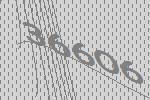
36606